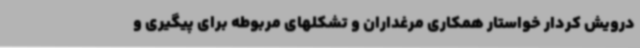
درویش کردار خواستار همکاری مرغداران و تشکلهای مربوطه برای پیگیری و